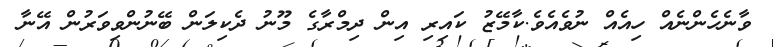
ވާނެހެންނެއް ހިއެއް ނުވެއެވެ.ކާމޭޒު ކައިރި އިން ދިމްރާގެ މޫނު ދެކިލަން ބޭނުންވިވަރުން އޭނާ